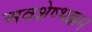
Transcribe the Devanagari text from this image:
अवशेष्भक्कम